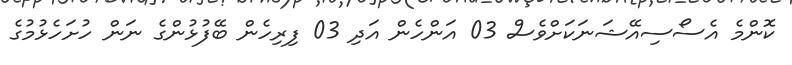
ކޮންމެ އެސޯސިއޭޝަނަކަށްވެސް 03 އަންހެން އަދި 03 ފިރިހެން ބޭފުޅުންގެ ނަން ހުށަހެޅުމުގެ